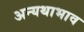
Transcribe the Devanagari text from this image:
अन्यथाभाव